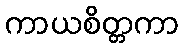
ကာယစိတ္တကာ